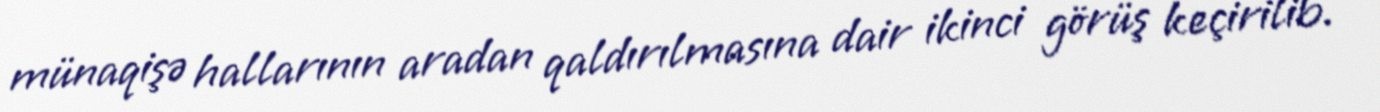
münaqişə hallarının aradan qaldırılmasına dair ikinci görüş keçirilib.